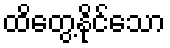
ထိတွေ့နိုင်သော